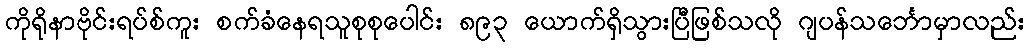
ကိုရိုနာဗိုင်းရပ်စ်ကူး စက်ခံနေရသူစုစုပေါင်း ၈၉၃ ယောက်ရှိသွားပြီဖြစ်သလို ဂျပန်သင်္ဘောမှာလည်း